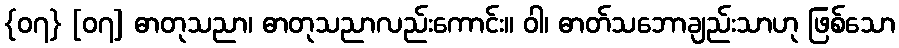
{၀၇} [၀၇] ဓာတုသညာ၊ ဓာတုသညာလည်းကောင်း။ ဝါ၊ ဓာတ်သဘောချည်းသာဟု ဖြစ်သော